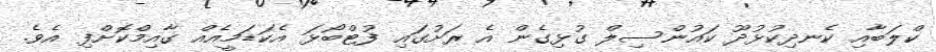
ކްލަބާއި ކެނދިކުޅުދޫ ކައުންސިލް ގުޅިގެން އެ ރަށުގައި ފުޓްބޯޅަ އެކަޑަމީއެއް ގާއިމްކޮށްފި އެވެ.